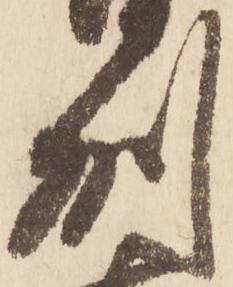
州